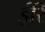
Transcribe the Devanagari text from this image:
ईरि